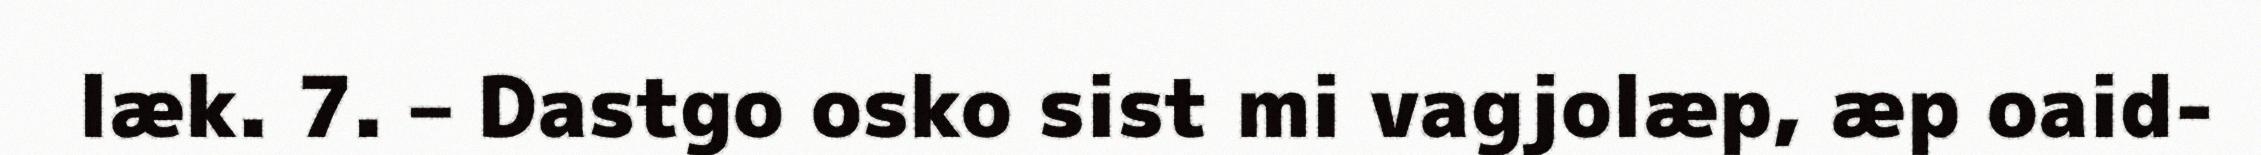
læk. 7. – Dastgo osko sist mi vagjolæp, æp oaid-